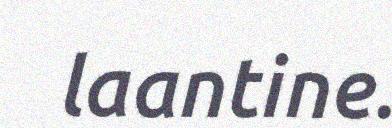
laantine.